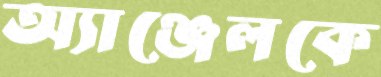
অ্যাঞ্জেলকে